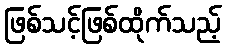
ဖြစ်သင့်ဖြစ်ထိုက်သည့်